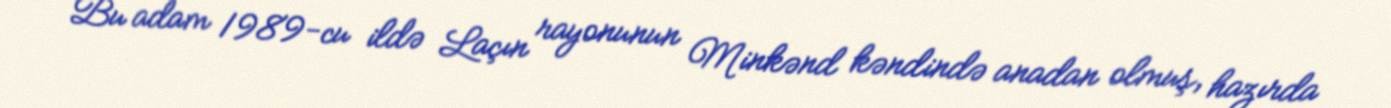
Bu adam 1989-cu ildə Laçın rayonunun Minkənd kəndində anadan olmuş, hazırda